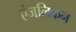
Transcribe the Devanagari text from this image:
एंजलिकन